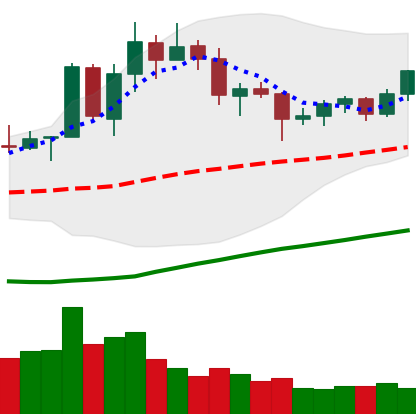
Ticker: TRX-USD
Chart end date: 2020-07-22
Forward return: 3.971%
Label: up_3_5